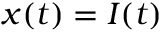
x ( t ) = I ( t )